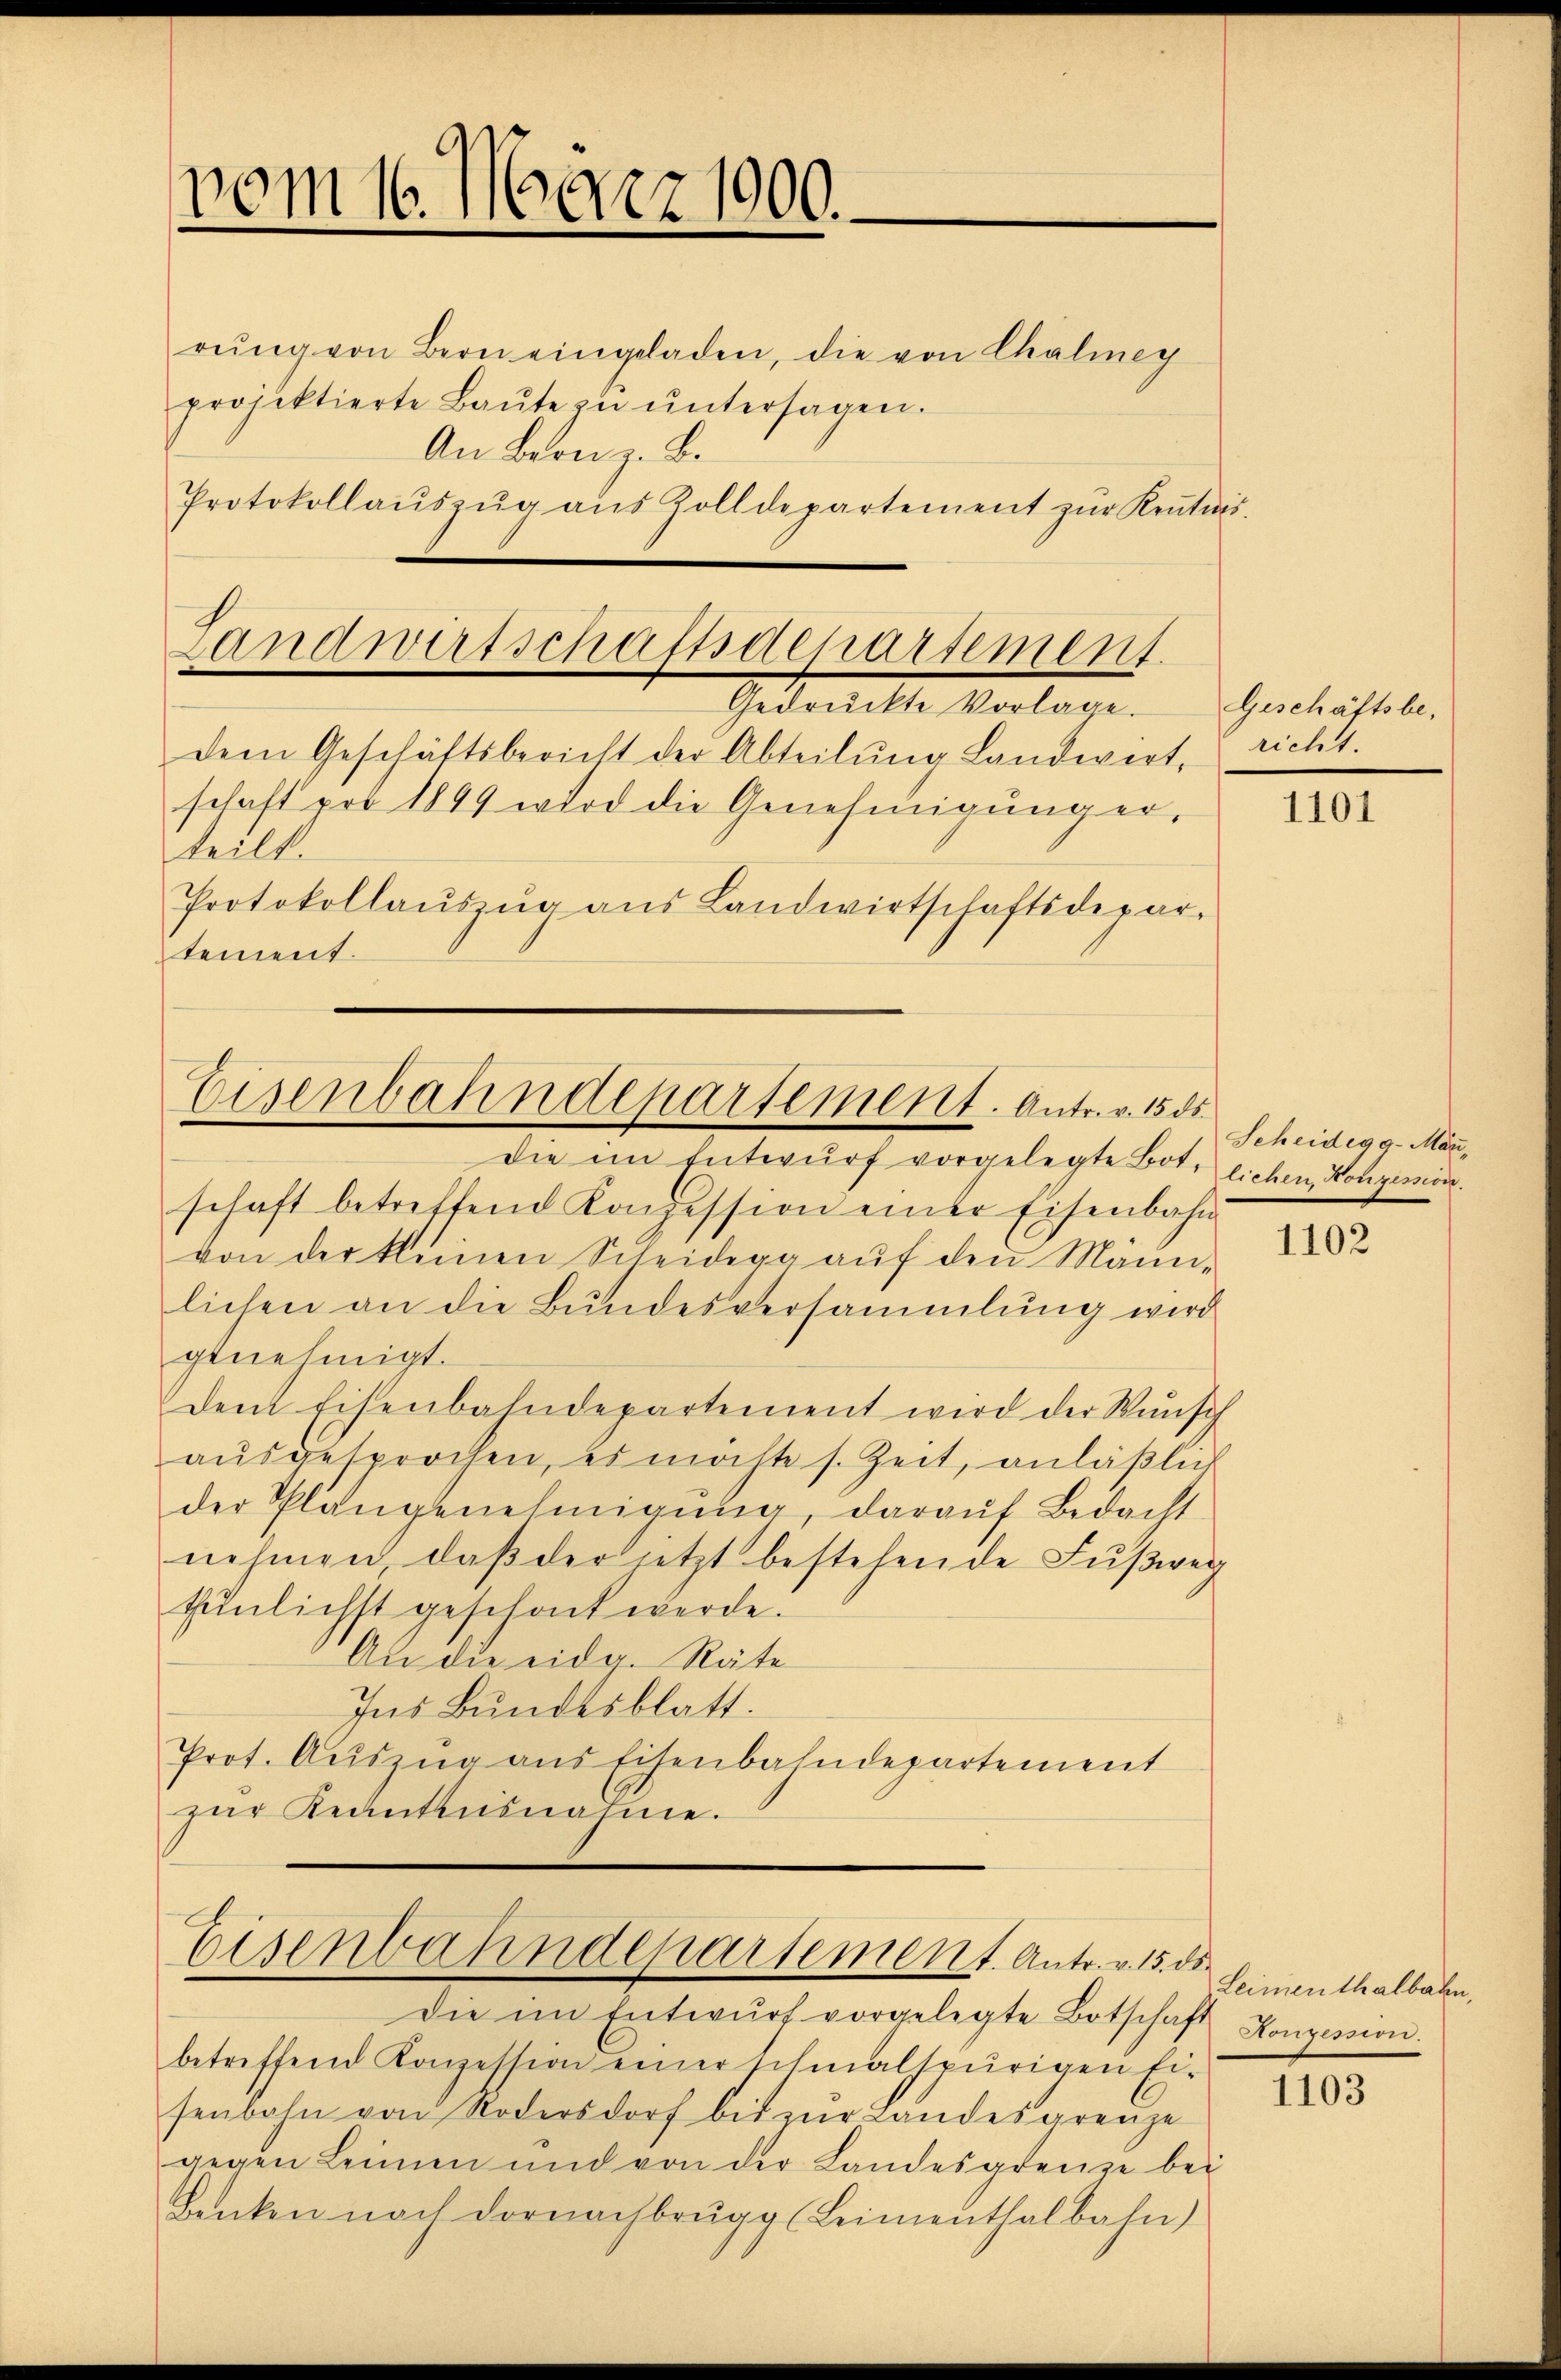
vom 16. März 1900.

rŭng von Bern eingeladen, die von Chaliney
projektierte Baŭte zŭ ŭntersagen.
An Bern z. B.
Protokollaŭszŭg aŭs Zolldepartement zŭr Keṅtnis.

Landwirtschaftsdepartement.
Gedrückte Vorlage. Geschäftsbe¬

schaft pro 1899 wird die Genehmigung er-

dem Geschäftsbericht der Abteilŭng Landwert, richt.
teilt.
Protokollaŭszŭg ans Landwirtschaftsdepar-
tement.

Eisenbahndepartement. Antr. v. 15 ds

Eisenbahndepartement. Antr. v. 15. de

die im Entwŭrf vorgelegte Bot. lichen Konzession.
schaft betreffend Konzession einer Eisenbahn
von der kleinen Scheidega aŭf den Männ-
lichen an die Bundesversammlung wird
genehmigt.
dem Eisenbahndepartement wird der Wünsch
aŭsgesprochen, es möchte s. Zeit, anläβlich
der Plangenehmigung, darauf Bedacht
nehmen, daß der jetzt bestehende Fußweg
tŭnlichtt geschont werde.
An die eidg. Räte
Ins Bundesblatt.
Prot. Auszug aus Eisenbahndepartement
zŭr Beantŭsnahme.

die im Entwŭrf vorgelegte Botschaft Konzession.
betreffend Konzession einer schmalspurigen Eisenbahn von Rodersdorf bis zŭr Landesgrenze
gegen Leimen und von der Landesgrenze bei
Benken nach dornachbrügg (Leimenthalbahn)

1101

Scheidegg-Mär,

1102

Leimenthalbahn,

1103